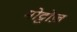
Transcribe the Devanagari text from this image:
मोट्टोज़